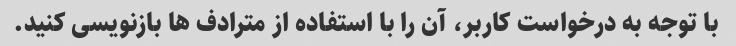
با توجه به درخواست کاربر، آن را با استفاده از مترادف ها بازنویسی کنید.